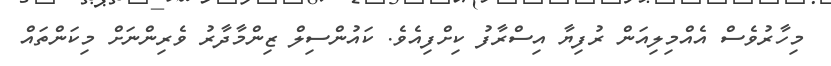
މިހާރުވެސް އެއްމިލިއަން ރުފިޔާ އިސްރާފު ކިށްފިއެވެ. ކައުންސިލް ޒިންމާދާރު ވެރިންނަށް މިކަންތައް